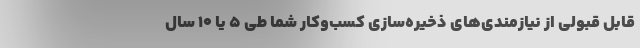
قابل قبولی از نیازمندی‌های ذخیره‌سازی کسب‌وکار شما طی 5 یا 10 سال